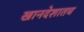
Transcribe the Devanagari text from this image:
खानदेशातच